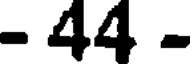
- 44 -